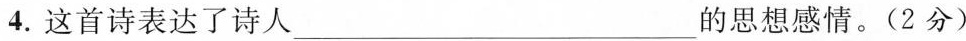
4.这首诗表达了诗人___的思想感情。(2分)